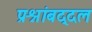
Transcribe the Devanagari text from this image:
प्रश्नांबद्दल